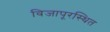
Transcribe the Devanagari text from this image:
विजापूरस्थित